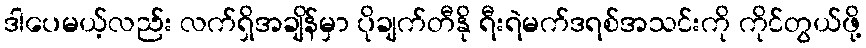
ဒါပေမယ့်လည်း လက်ရှိအချိန်မှာ ပိုချက်တီနို ရီးရဲမက်ဒရစ်အသင်းကို ကိုင်တွယ်ဖို့